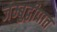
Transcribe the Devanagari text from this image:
जम्बुद्वीपात